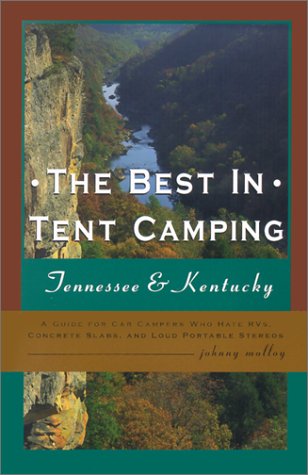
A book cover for The Best in Tent Camping: Tennessee & Kentucky: A Guide for Car Campers Who Hate RVs, Concrete Slabs, and Loud Portable Stereos; Johnny Molloy; Travel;